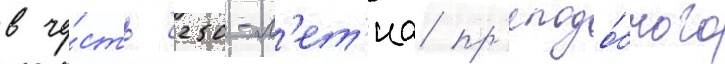
в че́сть 250-л'ет'иа пр'еподо́бного